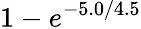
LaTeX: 1-e^{-5.0/4.5}